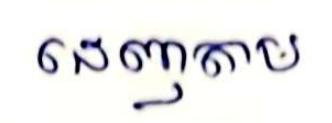
ដេញតាម